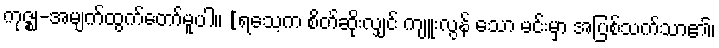
ကုဇ္ဈ-အမျက်ထွက်တော်မူပါ။ [ရသေ့က စိတ်ဆိုးလျှင် ကျူးလွန် သော မင်းမှာ အပြစ်သက်သာ၏၊